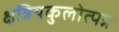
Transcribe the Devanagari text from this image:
क्षत्रियकुलोत्पन्न